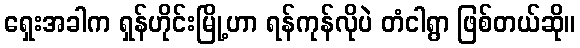
ရှေးအခါက ရှန်ဟိုင်းမြို့ဟာ ရန်ကုန်လိုပဲ တံငါရွာ ဖြစ်တယ်ဆို။